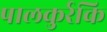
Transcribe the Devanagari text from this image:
पालकुर्रकि